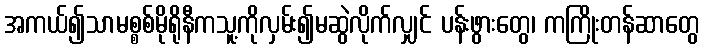
အကယ်၍သာမစ္စစ်မိုရိုနီကသူ့ကိုလှမ်း၍မဆွဲလိုက်လျှင် ပန်းဖွားတွေ၊ ကကြိုးတန်ဆာတွေ